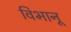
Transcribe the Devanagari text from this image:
विभानू